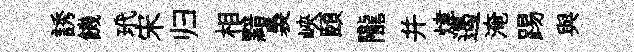
誘饑玳宋归相黯裊峽頤隴并煒遏淹踢與